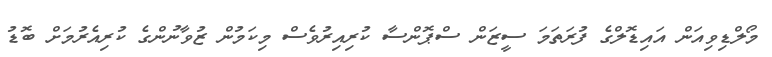
މޯލްޑިވިއަން އައިޑޮލްގެ ފުރަތަމަ ސީޒަން ސްޕޮންސާ ކުރިއިރުވެސް މިކަމުން ޒުވާނުންގެ ކުރިއެރުމަށް ބޮޑު